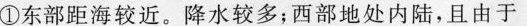
①东部距海较近。降水较多；西部地处内陆，且由于